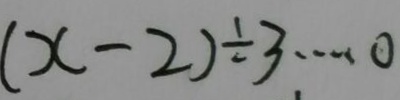
( x - 2 ) \div 3 \cdots 0